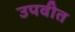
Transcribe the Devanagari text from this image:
उपवीत